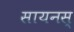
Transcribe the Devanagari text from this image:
सायनस्